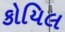
કોયિલ